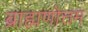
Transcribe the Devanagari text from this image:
ब्राह्मणोत्तम